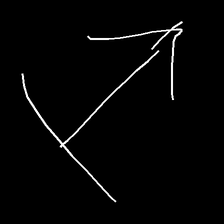
Glyph: levitation